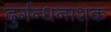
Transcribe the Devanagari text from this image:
दुर्गन्धनाशक